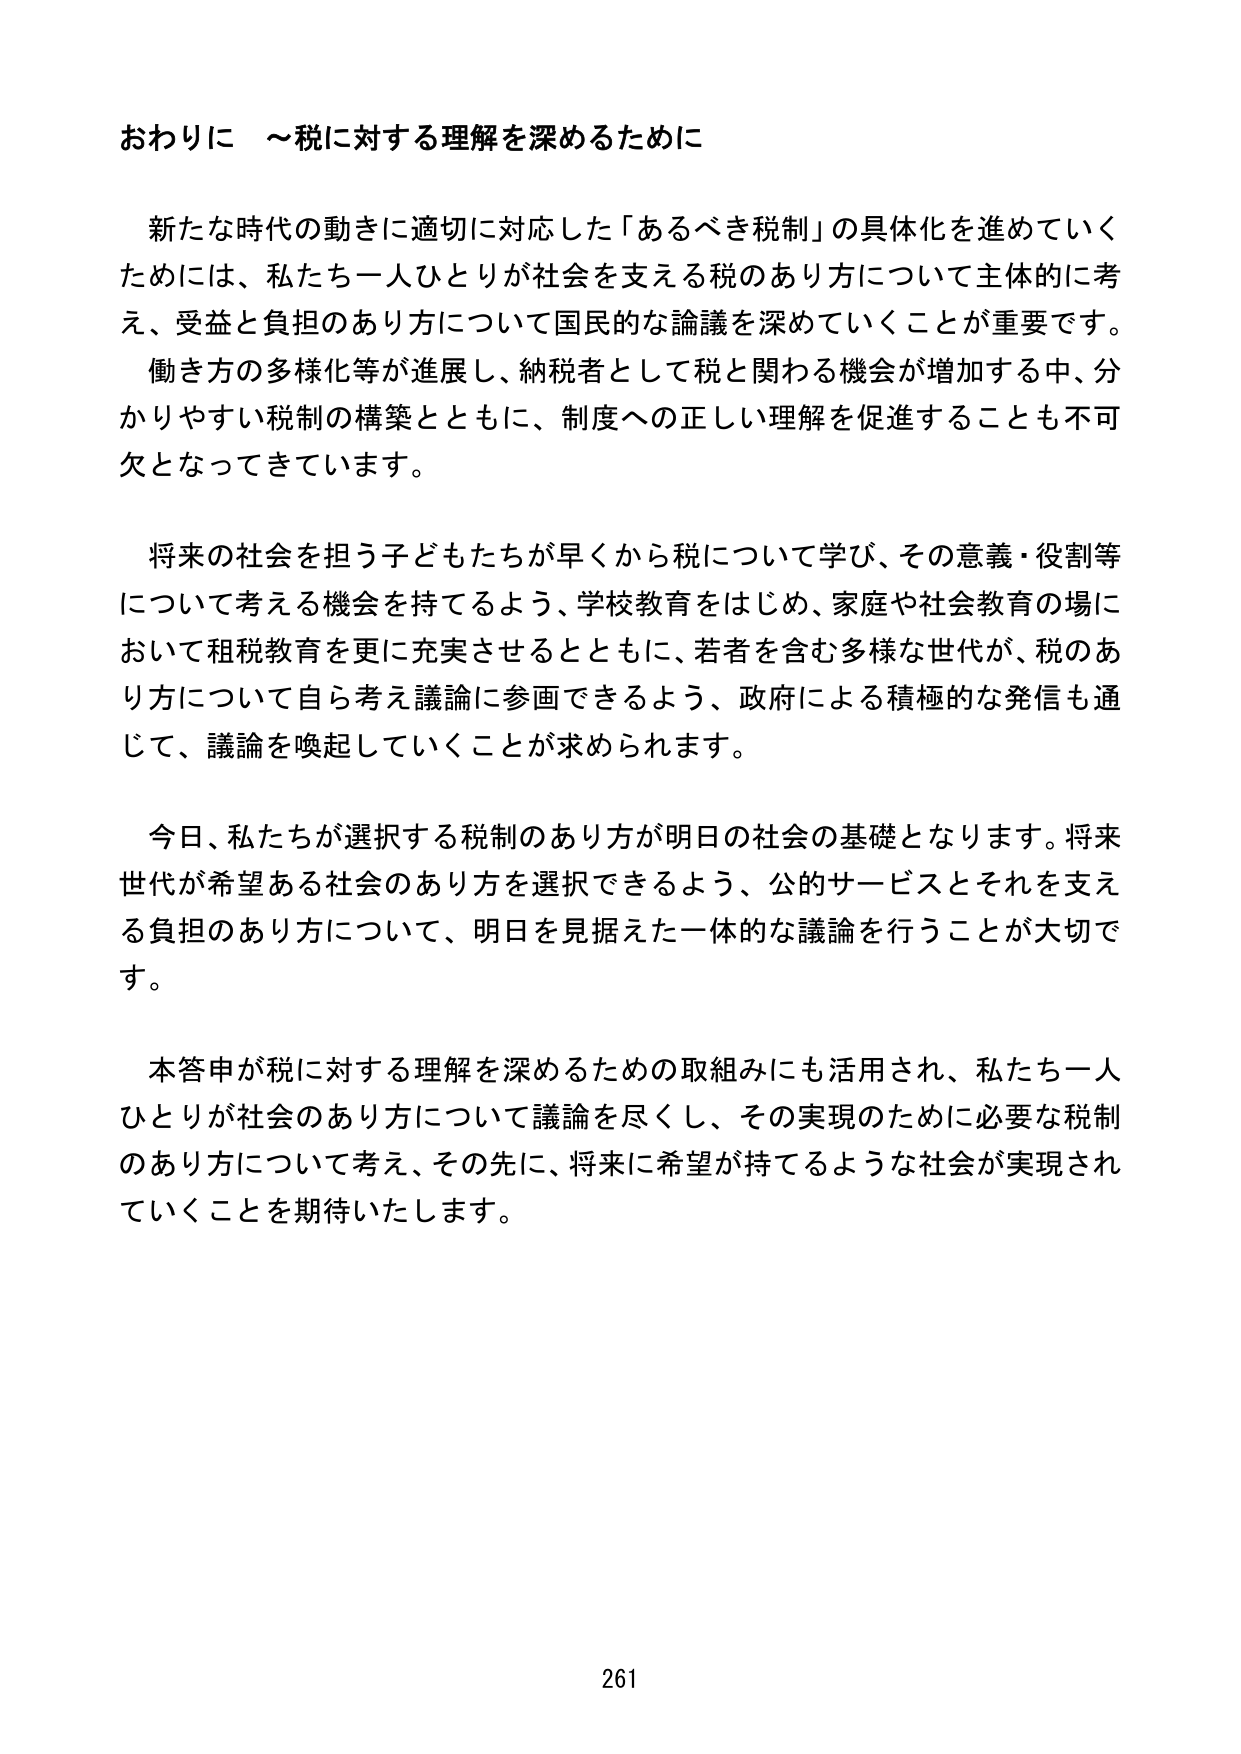
おわりに ～税に対する理解を深めるために

新たな時代の動きに適切に対応した「あるべき税制」の具体化を進めていくためには、私たち一人ひとりが社会を支える税のあり方について主体的に考え、受益と負担のあり方について国民的な論議を深めていくことが重要です。働き方の多様化等が進展し、納税者として税と関わる機会が増加する中、分かりやすい税制の構築とともに、制度への正しい理解を促進することも不可欠となってきています。

将来の社会を担う子どもたちが早くから税について学び、その意義・役割等について考える機会を持てるよう、学校教育をはじめ、家庭や社会教育の場において租税教育を更に充実させるとともに、若者を含む多様な世代が、税のあり方について自ら考え議論に参画できるよう、政府による積極的な発信も通じて、議論を喚起していくことが求められます。

今日、私たちが選択する税制のあり方が明日の社会の基礎となります。将来世代が希望ある社会のあり方を選択できるよう、公的サービスとそれを支える負担のあり方について、明日を見据えた一体的な議論を行うことが大切です。

本答申が税に対する理解を深めるための取組みにも活用され、私たち一人ひとりが社会のあり方について議論を尽くし、その実現のために必要な税制のあり方について考え、その先に、将来に希望が持てるような社会が実現されていくことを期待いたします。

261